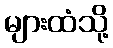
များထံသို့